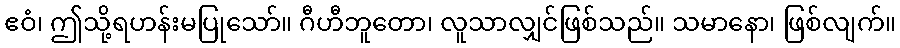
ဧဝံ၊ ဤသို့ရဟန်းမပြုသော်။ ဂီဟီဘူတော၊ လူသာလျှင်ဖြစ်သည်။ သမာနော၊ ဖြစ်လျက်။